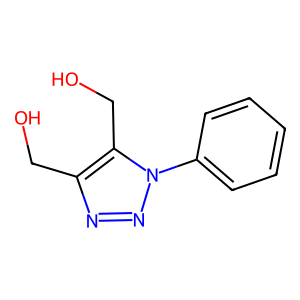
SMILES: OCc1nnn(-c2ccccc2)c1CO
Inhibits HIV replication: No